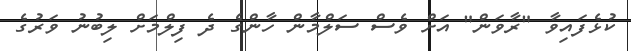
ކުޅެފައިވާ "ރާވަން" އަށް ވެސް ސަލްމާން ހާންގެ ދެ ފިލްމަށް ލިބުނު ވަރުގެ